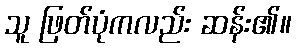
သူ ဖြတ်ပုံကလည်း ဆန်း၏။